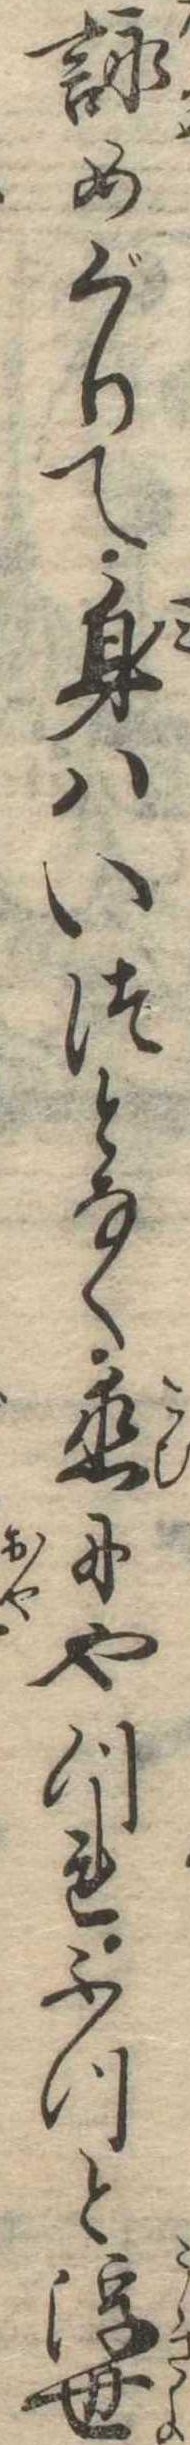
詠めぐりて身はいつとなく恋にやつれふつと浮世